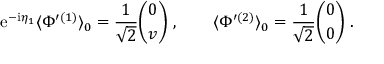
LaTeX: { \mathrm { e } } ^ { - { \mathrm { i } } { \eta } _ { 1 } } \langle { \Phi } ^ { \prime ( 1 ) } \rangle _ { 0 } = \frac { 1 } { \sqrt { 2 } } { \binom { 0 } { v } } \ , \qquad \langle { \Phi } ^ { \prime ( 2 ) } \rangle _ { 0 } = \frac { 1 } { \sqrt { 2 } } { \binom { 0 } { 0 } } \ .